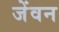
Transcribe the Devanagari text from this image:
जेंवन